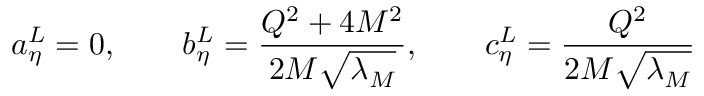
a _ { \eta } ^ { L } = 0 , \qquad b _ { \eta } ^ { L } = { \frac { Q ^ { 2 } + 4 M ^ { 2 } } { 2 M \sqrt { \lambda _ { M } } } } , \qquad c _ { \eta } ^ { L } = { \frac { Q ^ { 2 } } { 2 M \sqrt { \lambda _ { M } } } }